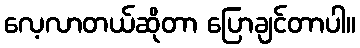
လေ့လာတယ်ဆိုတာ ပြောချင်တာပါ။